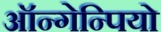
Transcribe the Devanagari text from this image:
ऑन्गेन्पियो